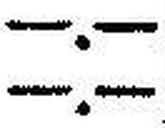
—.—